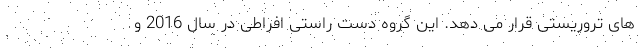
های تروریستی قرار می دهد. این گروه دست راستی افراطی در سال 2016 و